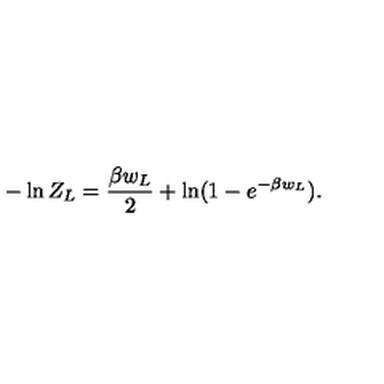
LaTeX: - \ln Z _ { L } = { \frac { \beta w _ { L } } { 2 } } + \ln ( 1 - e ^ { - \beta w _ { L } } ) .